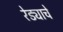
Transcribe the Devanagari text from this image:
रेड्याचे